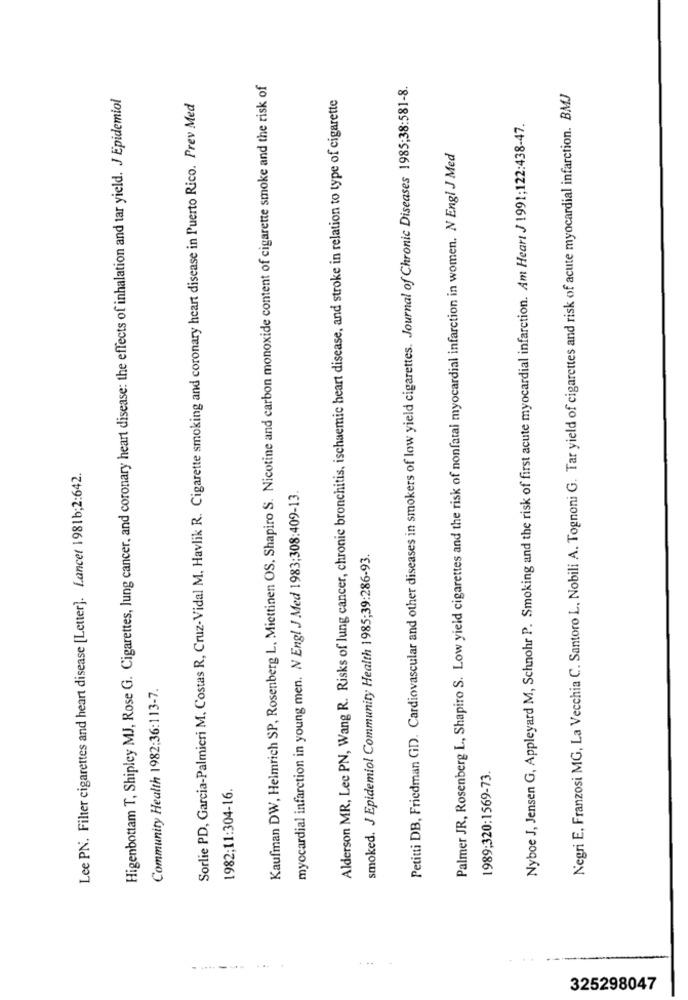
Kaufman DW, Helmrich SP, Rosenberg L, Miettinen OS, Shapiro S. Nicotine and carbon monoxide content of cigarette smoke and the risk of
Petitti DB, Friedman GD. Cardiovascular and other diseases in smokers of low yield cigarettes. Journal of Chronic Diseases 1985;38:581-8.
Higenbottam T, Shipley MJ, Rose G. Cigarettes, lung cancer, and coronary heart disease: the effects of inhalation and tar yield. J Epidemiol
Alderson MR, Lec PN, Wang R. Risks of lung cancer, chronic bronchitis, ischaemic heart disease, and stroke in relation to type of cigarette
Negri E, Franzosi MG, La Vecchia C. Santoro L, Nobili A. Tognoni G. Tar yield of cigarettes and risk of acute myocardial infarction. BMJ
Sorlie PD, Garcia-Palmieri M, Costas R, Cruz-Vidal M. Havlik R. Cigarette smoking and coronary heart disease in Puerto Rico. Prev Med
Nyboe J, Jensen G, Appleyard M, Schnohr P. Smoking and the risk of first acute myocardial infarction. Am Heart J 1991;122:438-47.
Palmer JR, Rosenberg L ., Shapiro S. Low yield cigarettes and the risk of nonfatal myocardial infarction in women. N Engl J Med
Lee PN. Filter cigarettes and heart disease [Letter]. Lancet 1981b;2:642.
myocardial infarction in young men. N Engl J Med 1983;308:409-13.
smoked. J Epidemiol Community Health 1985;39:286-93.
Community Health 1982:36:113-7.
1989;320:1569-73.
1982;11:304-16.
325298047